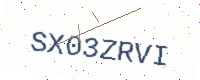
Text: SX03ZRVI